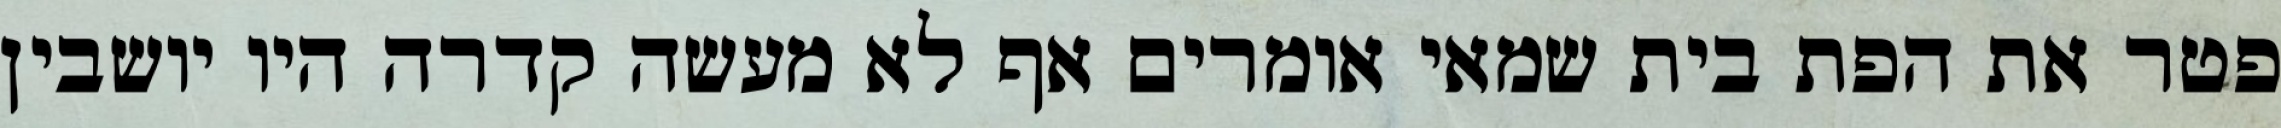
פטר את הפת בית שמאי אומרים אף לא מעשה קדרה היו יושבין